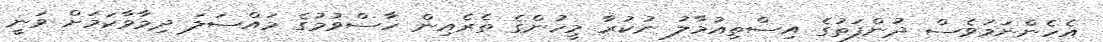
އެހެންނަމަވެސް ދުންފަތުގެ އިސްތިއުމާލު ނުކުރާ މީހުންގެ ތެރެއިން ހާސްވުމުގެ މައްސަލަ ދިމާވާކަމަށް ވަނީ